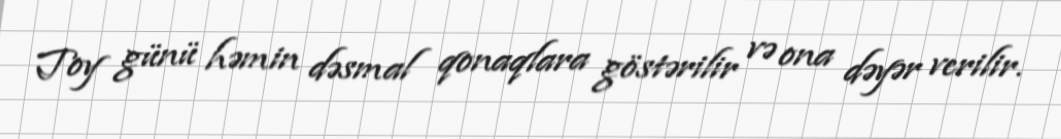
Toy günü həmin dəsmal qonaqlara göstərilir və ona dəyər verilir.